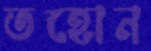
তহোন